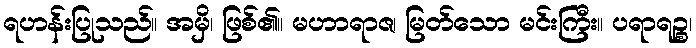
ရဟန်းပြုသည်။ အမှိ၊ ဖြစ်၏။ မဟာရာဇ၊ မြတ်သော မင်းကြီး။ ပရာရဉ္စ၊